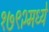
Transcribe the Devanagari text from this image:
१७९२मध्ये